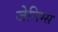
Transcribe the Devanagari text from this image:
जेनिग्स